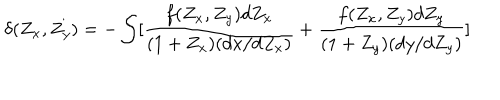
\delta ( Z _ { x } , Z _ { y } ) = - \int [ \frac { f ( Z _ { x } , Z _ { y } ) d Z _ { x } } { ( 1 + Z _ { x } ) ( d x / d Z _ { x } ) } + \frac { f ( Z _ { x } , Z _ { y } ) d Z _ { y } } { ( 1 + Z _ { y } ) ( d y / d Z _ { y } ) } ]